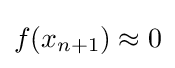
f(x_{n+1})\approx 0